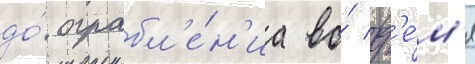
до́ ограбл'е́н'иа во́ вр'е́м'я